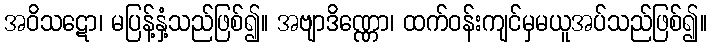
အဝိသဋော၊ မပြန့်နှံ့သည်ဖြစ်၍။ အဗျာဒိဏ္ဏော၊ ထက်ဝန်းကျင်မှမယူအပ်သည်ဖြစ်၍။